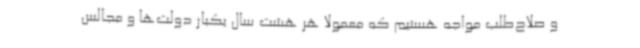
و صلاح‌طلب مواجه هستیم که معمولا هر هشت سال یکبار دولت‌ها و مجالس